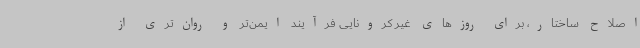
اصلاح ساختار، برای روزهای غیر کرونایی فرآیند ایمن‌تر و روان‌تری از